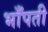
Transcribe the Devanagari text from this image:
भाँपती